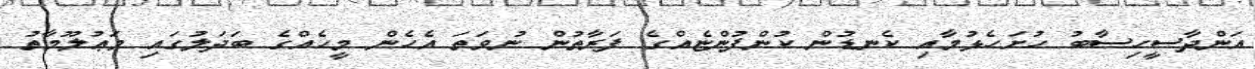
އަންދާސީހިސާބު ހުށަހެޅުމާއި ކެނޑުން ކުންފުންޏެއްގެ ފަރާތުން ނުވަތަ އެހެން މީހެއްގެ ބަދަލުގައި މަޢުލޫމާތު